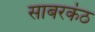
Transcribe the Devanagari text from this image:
साबरकंठ